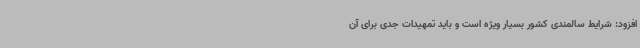
افزود: شرایط سالمندی کشور بسیار ویژه است و باید تمهیدات جدی برای آن